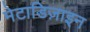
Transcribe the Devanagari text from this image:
मेटाडिज़ाइन